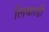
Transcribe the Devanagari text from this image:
लिकाडी